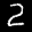
Label: 2